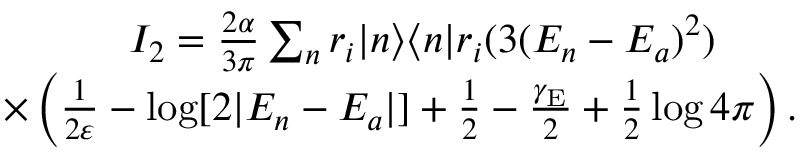
\begin{array} { r } { I _ { 2 } = \frac { 2 \alpha } { 3 \pi } \sum _ { n } r _ { i } | n \rangle \langle n | r _ { i } ( 3 ( E _ { n } - E _ { a } ) ^ { 2 } ) \qquad } \\ { \times \left( \frac { 1 } { 2 \varepsilon } - \log [ 2 | E _ { n } - E _ { a } | ] + \frac { 1 } { 2 } - \frac { \gamma _ { \mathrm { E } } } { 2 } + \frac { 1 } { 2 } \log 4 \pi \right) . } \end{array}